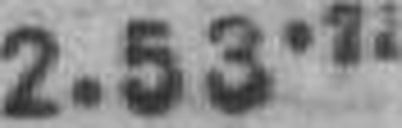
2.53.7.